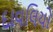
દાવલિયો